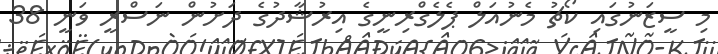
މި ސީޒަނުގައި ކޯޗު މެނުއަލް ޕެލެގްރިނީގެ އިރުޝާދުގެ ދަށުން ނަސްރީ ވަނީ 38